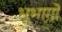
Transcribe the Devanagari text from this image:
भूभागो